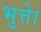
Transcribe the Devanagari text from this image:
भुत्तेा